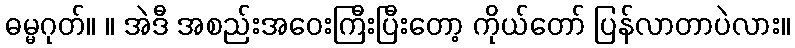
ဓမ္မဂုတ်။ ။ အဲဒီ အစည်းအဝေးကြီးပြီးတော့ ကိုယ်တော် ပြန်လာတာပဲလား။